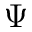
\Psi